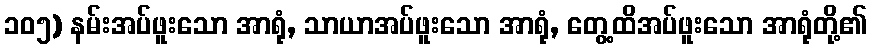
၁၀၅) နမ်းအပ်ဖူးသော အာရုံ, သာယာအပ်ဖူးသော အာရုံ, တွေ့ထိအပ်ဖူးသော အာရုံတို့၏